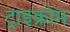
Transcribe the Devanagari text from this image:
ट्राइक्रोम